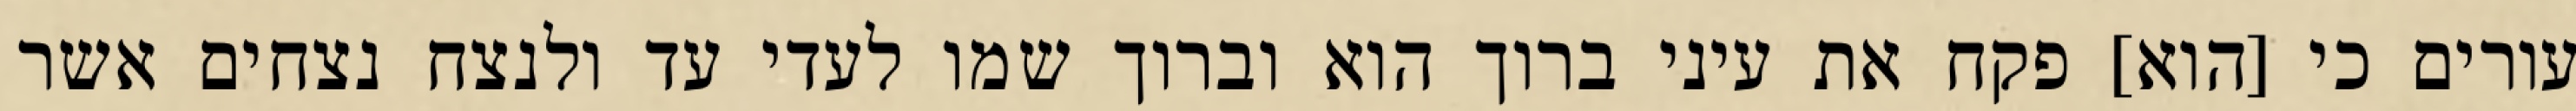
עורים כי [הוא] פקח את עיני ברוך הוא וברוך שמו לעדי עד ולנצח נצחים אשר